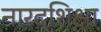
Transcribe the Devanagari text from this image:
नारदशिक्षा